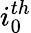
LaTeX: i_{0}^{th}